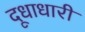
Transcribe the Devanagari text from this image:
दूधाधारी